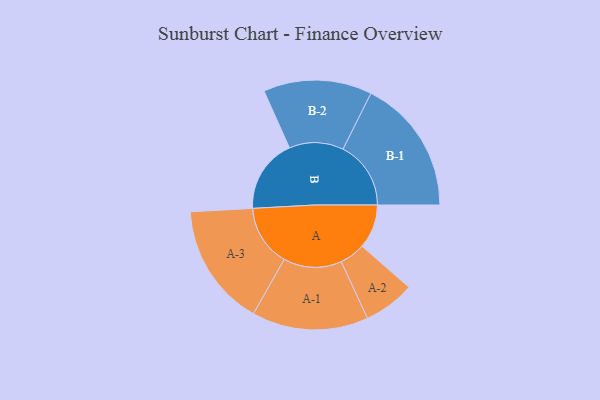
{"axis": {"x": "Segment", "y": "Value"}, "legend": ["", "A", "B"], "data": [{"x": "A", "y": 191, "type": ""}, {"x": "B", "y": 320, "type": ""}, {"x": "A-1", "y": 252, "type": "A"}, {"x": "A-2", "y": 111, "type": "A"}, {"x": "A-3", "y": 266, "type": "A"}, {"x": "B-1", "y": 294, "type": "B"}, {"x": "B-2", "y": 235, "type": "B"}]}